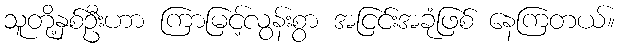
သူတို့နှစ်ဦးဟာ ကြာမြင့်လွန်းစွာ အငြင်းအခုံဖြစ် နေကြတယ်။